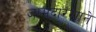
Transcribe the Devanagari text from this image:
जामदारखाने